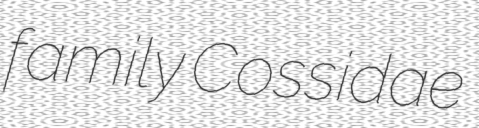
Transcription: family Cossidae